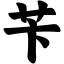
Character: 苄